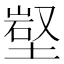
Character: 𡺻